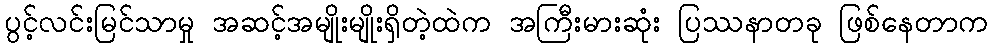
ပွင့်လင်းမြင်သာမှု အဆင့်အမျိုးမျိုးရှိတဲ့ထဲက အကြီးမားဆုံး ပြဿနာတခု ဖြစ်နေတာက